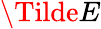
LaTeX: \Tilde{E}